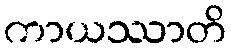
ကာယဿာတိ